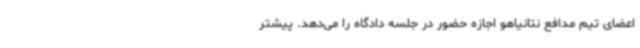
اعضای تیم مدافع نتانیاهو اجازه حضور در جلسه دادگاه را می‌دهد. پیشتر